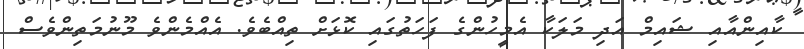
ކާއިންއާއި ޝައިމް އަދި މަލަކާ އެމީހުންގެ ފަހަތުގައި ކޮޅަށް ތިއްބެވެ. އެއްމެންވެ މޫނުމަތިންވެސް